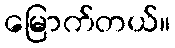
မြောက်တယ်။